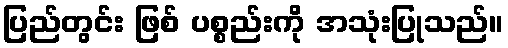
ပြည်တွင်း ဖြစ် ပစ္စည်းကို အသုံးပြုသည်။